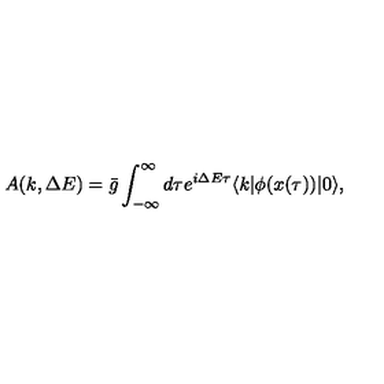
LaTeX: A ( k , \Delta E ) = \bar { g } \int _ { - \infty } ^ { \infty } d \tau e ^ { i \Delta E \tau } \langle k | \phi ( x ( \tau ) ) | 0 \rangle ,